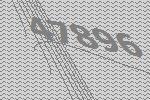
47896